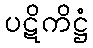
ပဋိကိဋ္ဌံ